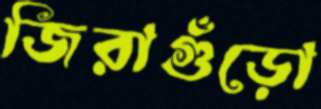
জিরাগুঁড়ো